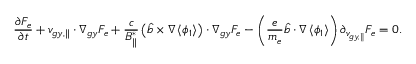
\frac { \partial F _ { e } } { \partial t } + { v } _ { g y , \parallel } \boldsymbol { \cdot } \nabla _ { g y } F _ { e } + \frac { c } { B _ { \parallel } ^ { * } } \left( { { { \hat { b } } } } \times \nabla \left< \phi _ { 1 } \right> \right) \boldsymbol { \cdot } \nabla _ { g y } F _ { e } - \left( \frac { e } { m _ { e } } { \hat { b } } \boldsymbol { \cdot } \nabla \left< \phi _ { 1 } \right> \right) \partial _ { v _ { g y , \parallel } } F _ { e } = 0 .